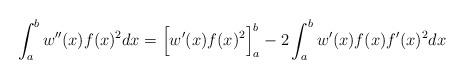
LaTeX: \begin{align*}\int_a^b w''(x) f(x)^2 dx = \Bigl[w'(x)f(x)^2\Bigr]_a^b -2 \int_a^b w'(x) f(x) f'(x)^2 dx \end{align*}